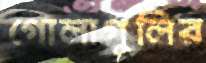
গোলাগুলির